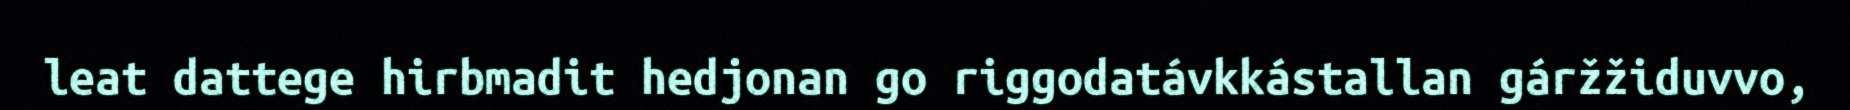
leat dattege hirbmadit hedjonan go riggodatávkkástallan gáržžiduvvo,